Indian journal of veterinary science and animal husbandry - Volumes 15-17, 1948-1951
Year: 1948
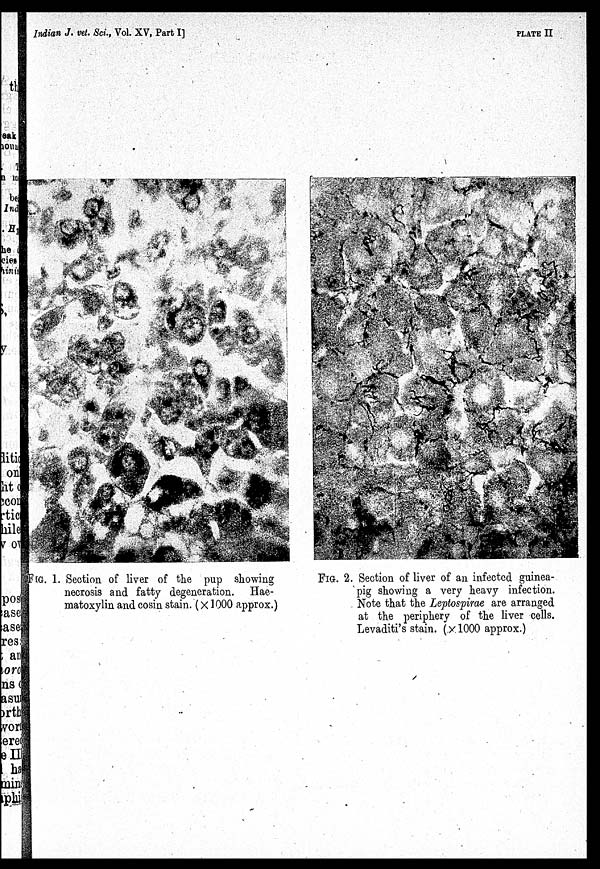
Indian J. vet. Sci., Vol. XV, Part I]
PLATE
II
FIG. 1. Section of liver of the pup showing
necrosis and fatty degeneration. Hae-
matoxylin and cosin stain. (×1000 approx.)
FIG. 2. Section of liver of an infected guinea-
pig showing a very heavy infection.
Note that the Leptospirae are arranged
at the periphery of the liver cells.
Levaditi's stain. (×1000 approx.)